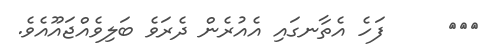
١١٩     ފަހެ އެތާނގައި އެއުރެން ދެރަވެ ބަލިވެއްޖައޫއެވެ.